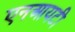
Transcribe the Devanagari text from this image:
एनआयटी